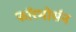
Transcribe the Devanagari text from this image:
फॉरमोसॅन